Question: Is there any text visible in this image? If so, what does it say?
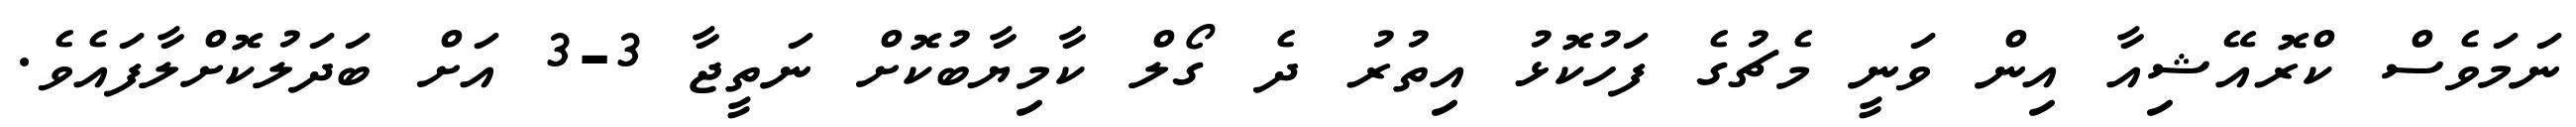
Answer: ނަމަވެސް ކްރޮއޭޝިއާ އިން ވަނީ މެޗުގެ ފަހުކޮޅު އިތުރު ދެ ގޯލް ކާމިޔާބުކޮށް ނަތީޖާ 3-3 އަށް ބަދަލުކޮށްލާފައެވެ.